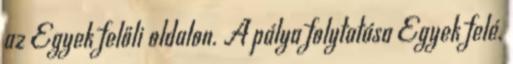
az Egyek felőli oldalon. A pálya folytatása Egyek felé.